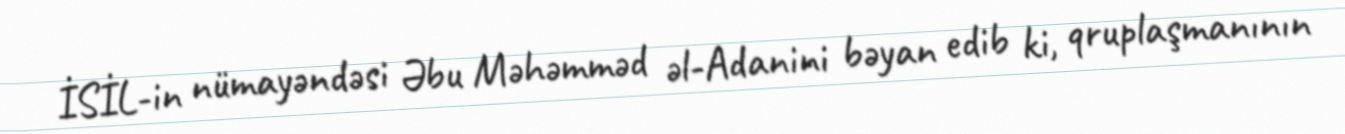
İSİL-in nümayəndəsi Əbu Məhəmməd əl-Adanini bəyan edib ki, qruplaşmanının